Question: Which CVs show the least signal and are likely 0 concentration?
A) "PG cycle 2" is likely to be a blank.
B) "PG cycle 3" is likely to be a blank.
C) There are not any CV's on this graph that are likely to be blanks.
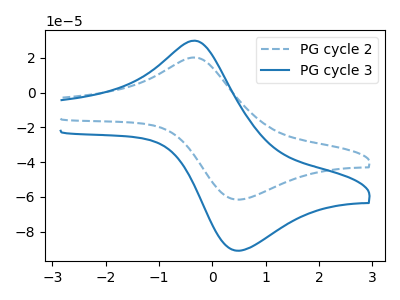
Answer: <think>The blue dashed curve "PG cycle 2" has an anodic peak at (-0.35V, 20.25uA) and a cathodic peak at (0.50V, -61.55uA). The blue curve "PG cycle 3" has an anodic peak at (-0.35V, 29.90uA) and a cathodic peak at (0.50V, -90.95uA).</think>
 <answer>C) There are not any CV's on this graph that are likely to be blanks.</answer>
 <eval>C</eval>